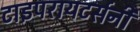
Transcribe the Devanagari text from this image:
टाइपरायटर्सनी